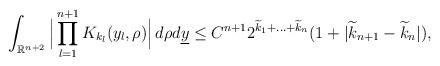
LaTeX: \begin{align*}\int_{\mathbb{R}^{n+2}}\Big|\prod_{l=1}^{n+1}K_{k_l}(y_l,\rho)\Big|\,d\rho d\underline{y}\leq C^{n+1} 2^{\widetilde{k}_1+\ldots+\widetilde{k}_n}(1+|\widetilde{k}_{n+1}-\widetilde{k}_n|),\end{align*}